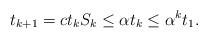
\begin{align*}t_{k+1}=c t_k S_k \leq \alpha t_k \leq \alpha^k t_1.\end{align*}